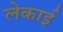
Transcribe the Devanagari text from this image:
लेकाई